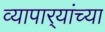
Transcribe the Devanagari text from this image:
व्यापार्‍यांच्या